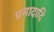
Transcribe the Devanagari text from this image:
प्रमादादि